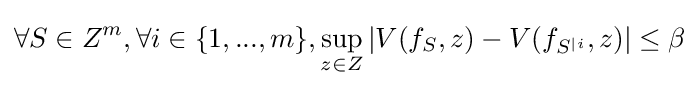
\forall S\in Z^{m},\forall i\in \{1,...,m\},\sup _{z\in Z}|V(f_{S},z)-V(f_{S^{|i}},z)|\leq \beta